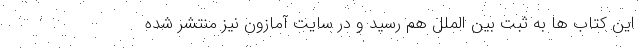
این کتاب ها به ثبت بین الملل هم رسید و در سایت آمازون نیز منتشر شده